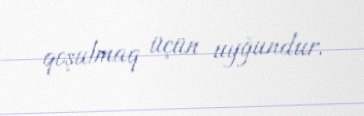
qoşulmaq üçün uyğundur.